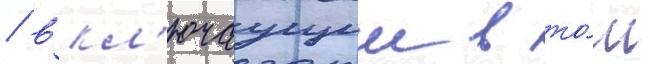
/ вкл'ючаущии в то́м